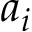
a _ { i }